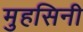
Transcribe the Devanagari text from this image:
मुहसिनी